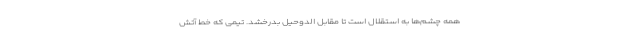
همه چشم‌ها به استقلال است تا مقابل الدوحیل بدرخشد. تیمی که خط آتش